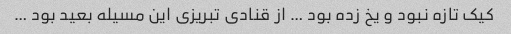
کیک تازه نبود و یخ زده بود … از قنادی تبریزی این مسیله بعید بود …